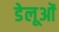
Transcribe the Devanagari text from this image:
डेलूओं